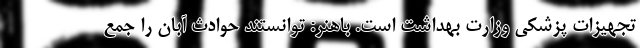
تجهیزات پزشکی وزارت بهداشت است. باهنر: توانستند حوادث آبان را جمع